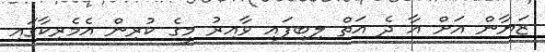
ޒަޔާން އަށް އާ ދެ އަތް ލިބިފައި ވާއިރު މީގެ ކުރިން އެމެރިކާގައި